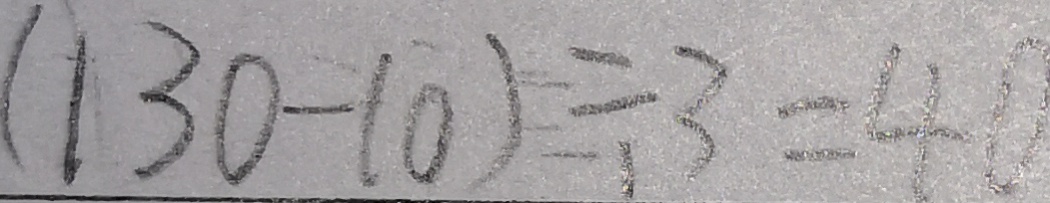
( 1 3 0 - 1 0 ) \div 3 = 4 0